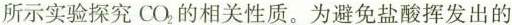
所示实验探究CO_{2}，的相关性质。为避免盐酸挥发出的